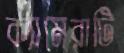
ক্যামেরাটি